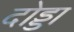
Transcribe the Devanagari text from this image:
दोड्डा